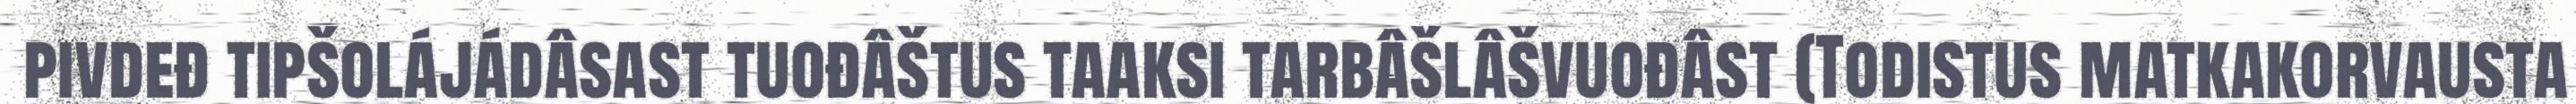
pivdeđ tipšolájádâsast tuođâštus taaksi tarbâšlâšvuođâst (Todistus matkakorvausta